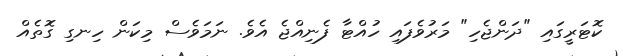
ކޮޓަރީގައި "ދަންޖެހި" މަރުވެފައި ހުއްޓާ ފެނިއްޖެ އެވެ. ނަމަވެސް މިކަން ހިނގި ގޮތެއް